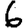
Digit: 6